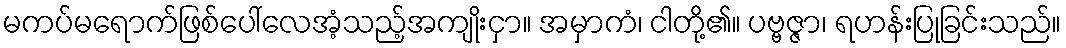
မကပ်မရောက်ဖြစ်ပေါ်လေအံ့သည့်အကျိုးငှာ။ အမှာကံ၊ ငါတို့၏။ ပဗ္ဗဇ္ဇာ၊ ရဟန်းပြုခြင်းသည်။